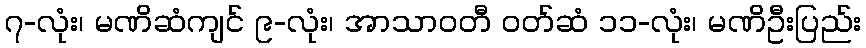
၇-လုံး၊ မဏိဆံကျင် ၉-လုံး၊ အာသာဝတီ ဝတ်ဆံ ၁၁-လုံး၊ မဏိဦးပြည်း